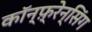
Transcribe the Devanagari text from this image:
कॉन्फ़्रेन्सिंग